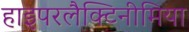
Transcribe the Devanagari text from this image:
हाइपरलैक्टिनीमिया